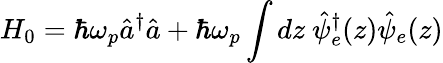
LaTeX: H_{0}=\hbar\omega_{p}\hat{a}^{\dagger}\hat{a}+\hbar\omega_{p}\int dz\ \hat{\psi}_{e}^{\dagger}(z)\hat{\psi}_{e}(z)